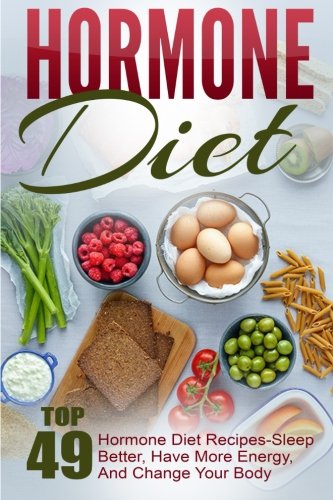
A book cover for Hormone Diet: Top 49 Hormone Diet Recipes-Sleep Better, Have More Energy, And Change Your Body; Joelyn Mckeown; Health, Fitness & Dieting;